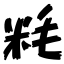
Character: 粍